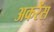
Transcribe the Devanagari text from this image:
अकरेंस